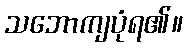
သဘောကျပုံရ၏။